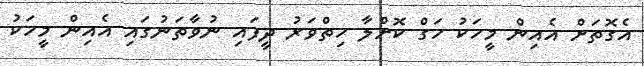
އެގޮތަށް އެއިން މީހަކު ހަގް ކޮށްލާ ހިތްވަރު ދީފައި ނުވާތަނުގައި އެއިން މީހަކު